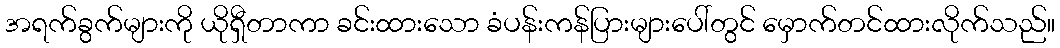
အရက်ခွက်များကို ယိုရှီတာကာ ခင်းထားသော ခံပန်းကန်ပြားများပေါ်တွင် မှောက်တင်ထားလိုက်သည်။